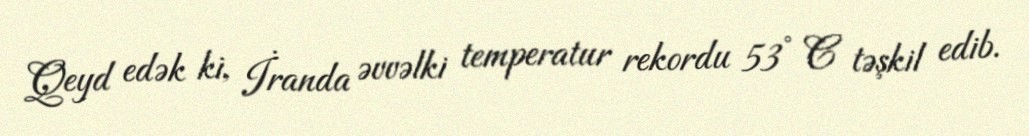
Qeyd edək ki, İranda əvvəlki temperatur rekordu 53° C təşkil edib.